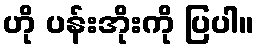
ဟို ပန်းအိုးကို ပြပါ။